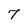
Character: 7